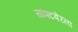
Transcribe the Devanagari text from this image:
सॉफ्टवेरला